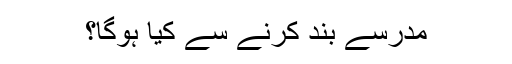
مدرسے بند کرنے سے کیا ہوگا؟